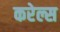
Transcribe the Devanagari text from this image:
करेल्स